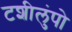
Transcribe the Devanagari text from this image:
टशीलुंपो